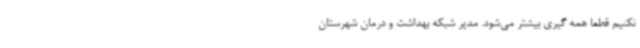
نکنیم قطعا همه گیری بیشتر می‌شود. مدیر شبکه بهداشت و درمان شهرستان